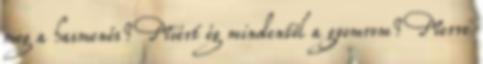
meg a hasmenés? Miért ég mindentől a gyomrom? Merre